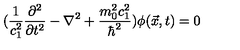
( \frac { 1 } { c _ { 1 } ^ { 2 } } \frac { \partial ^ { 2 } } { \partial t ^ { 2 } } - \nabla ^ { 2 } + \frac { m _ { 0 } ^ { 2 } c _ { 1 } ^ { 2 } } { \hbar ^ { 2 } } ) \phi ( \vec { x } , t ) = 0